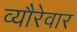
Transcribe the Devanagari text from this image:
व्यौरेवार